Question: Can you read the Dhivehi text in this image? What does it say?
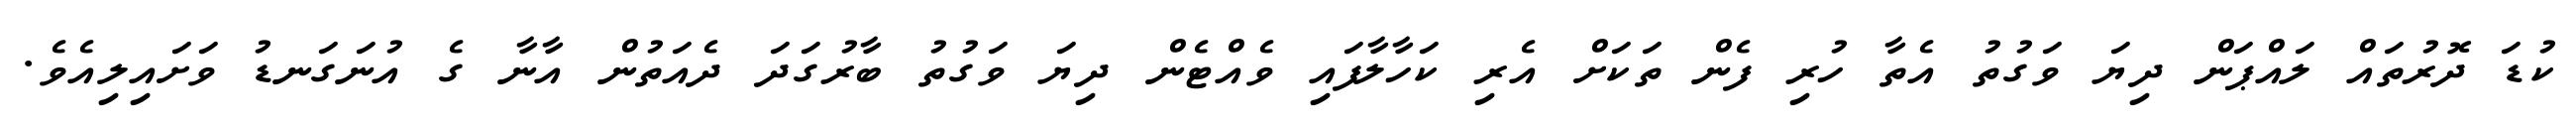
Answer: ކުޑަ ދޮރުތައް ލައްޕަން ދިޔަ ވަގުތު އެތާ ހުރި ފެން ތަކަށް އެރި ކަހާލާފައި ވެއްޓެން ދިޔަ ވަގުތު ބާރުގަދަ ދެއަތުން އާނާ ގެ އުނަގަނޑު ވަށައިލިއެވެ.